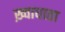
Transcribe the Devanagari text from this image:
ख़्वाधाता